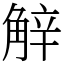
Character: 觪